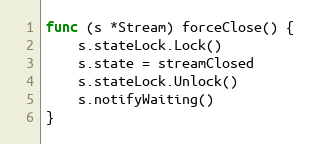
Language: Go
func (s *Stream) forceClose() {
	s.stateLock.Lock()
	s.state = streamClosed
	s.stateLock.Unlock()
	s.notifyWaiting()
}